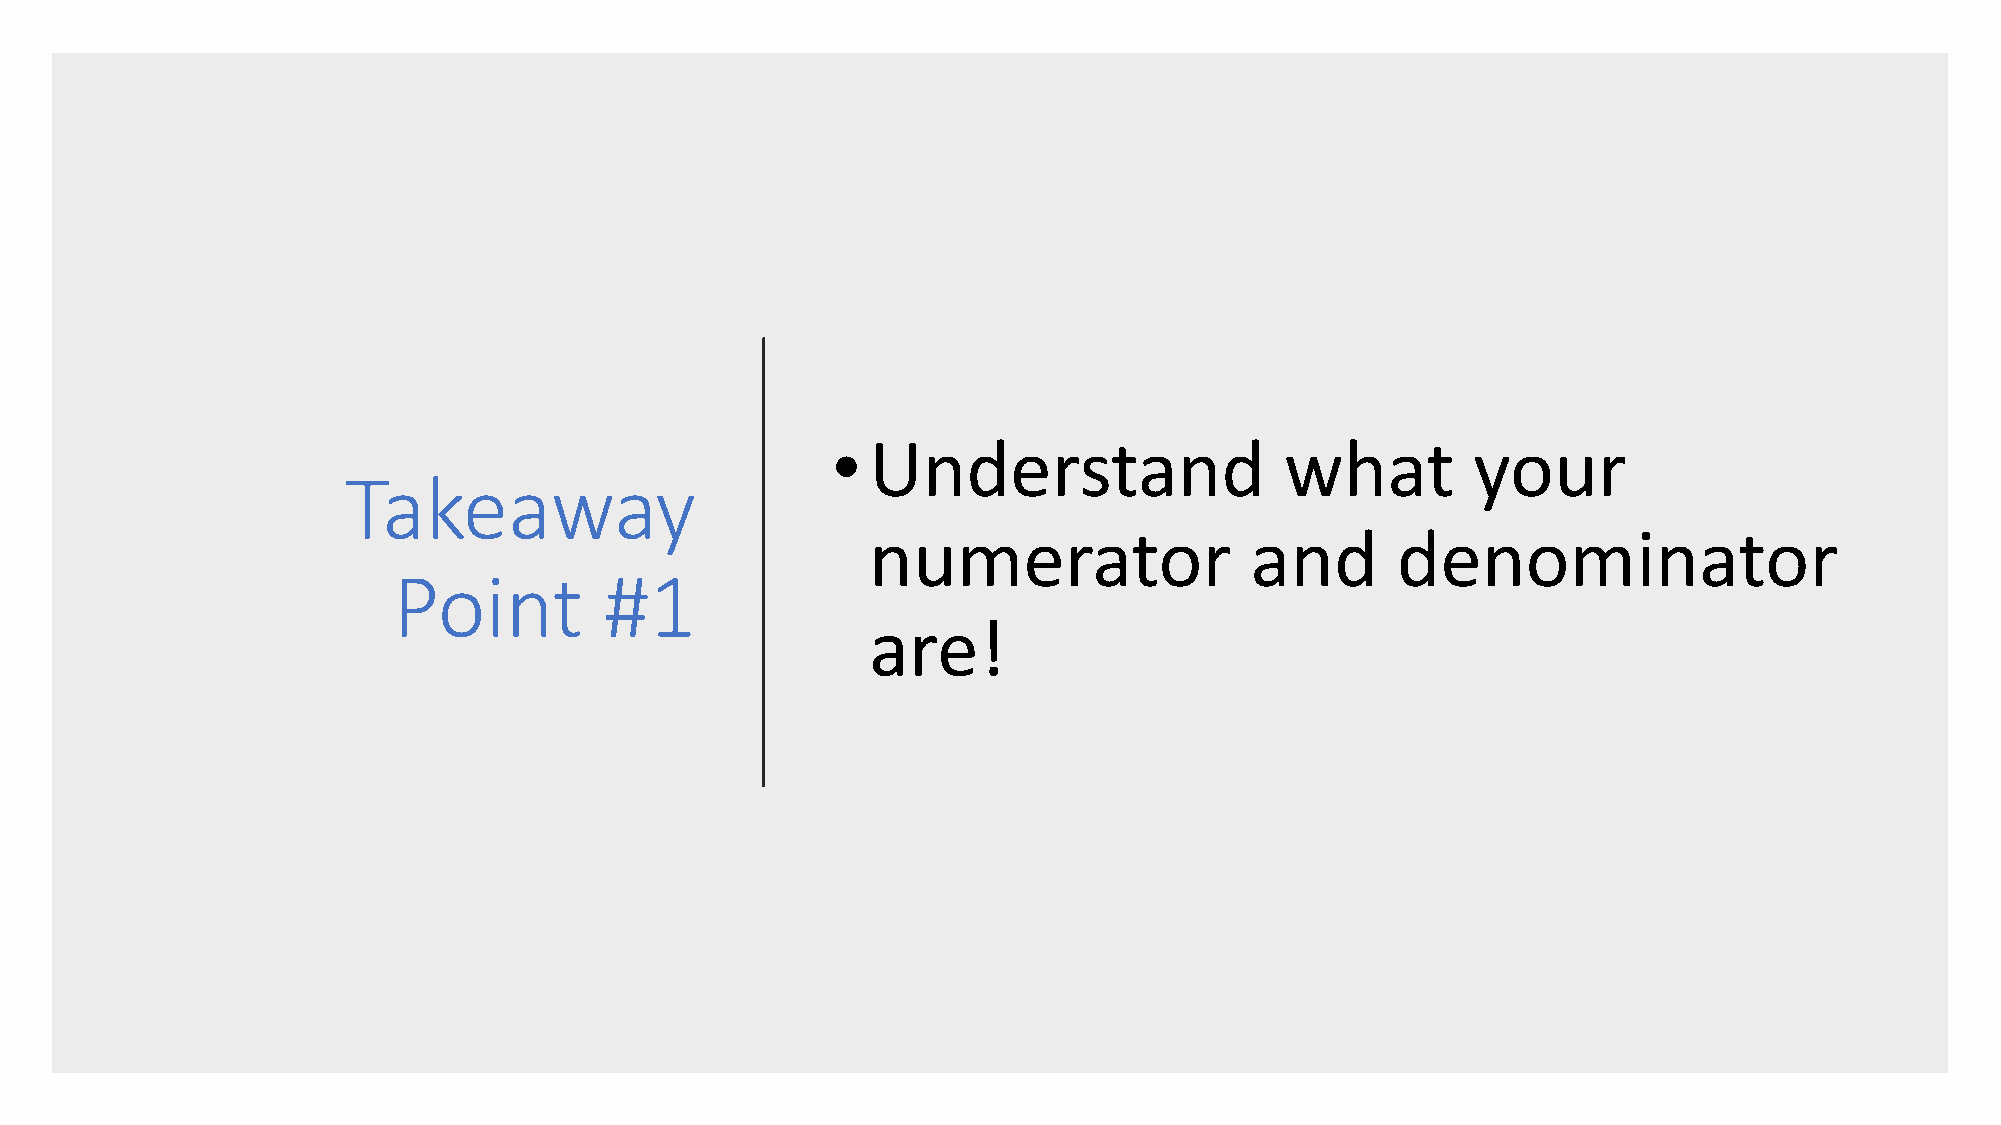
•  Understand                 what        your
 Takeaway
 numerator                and      denominator
 Point         #1
 are!